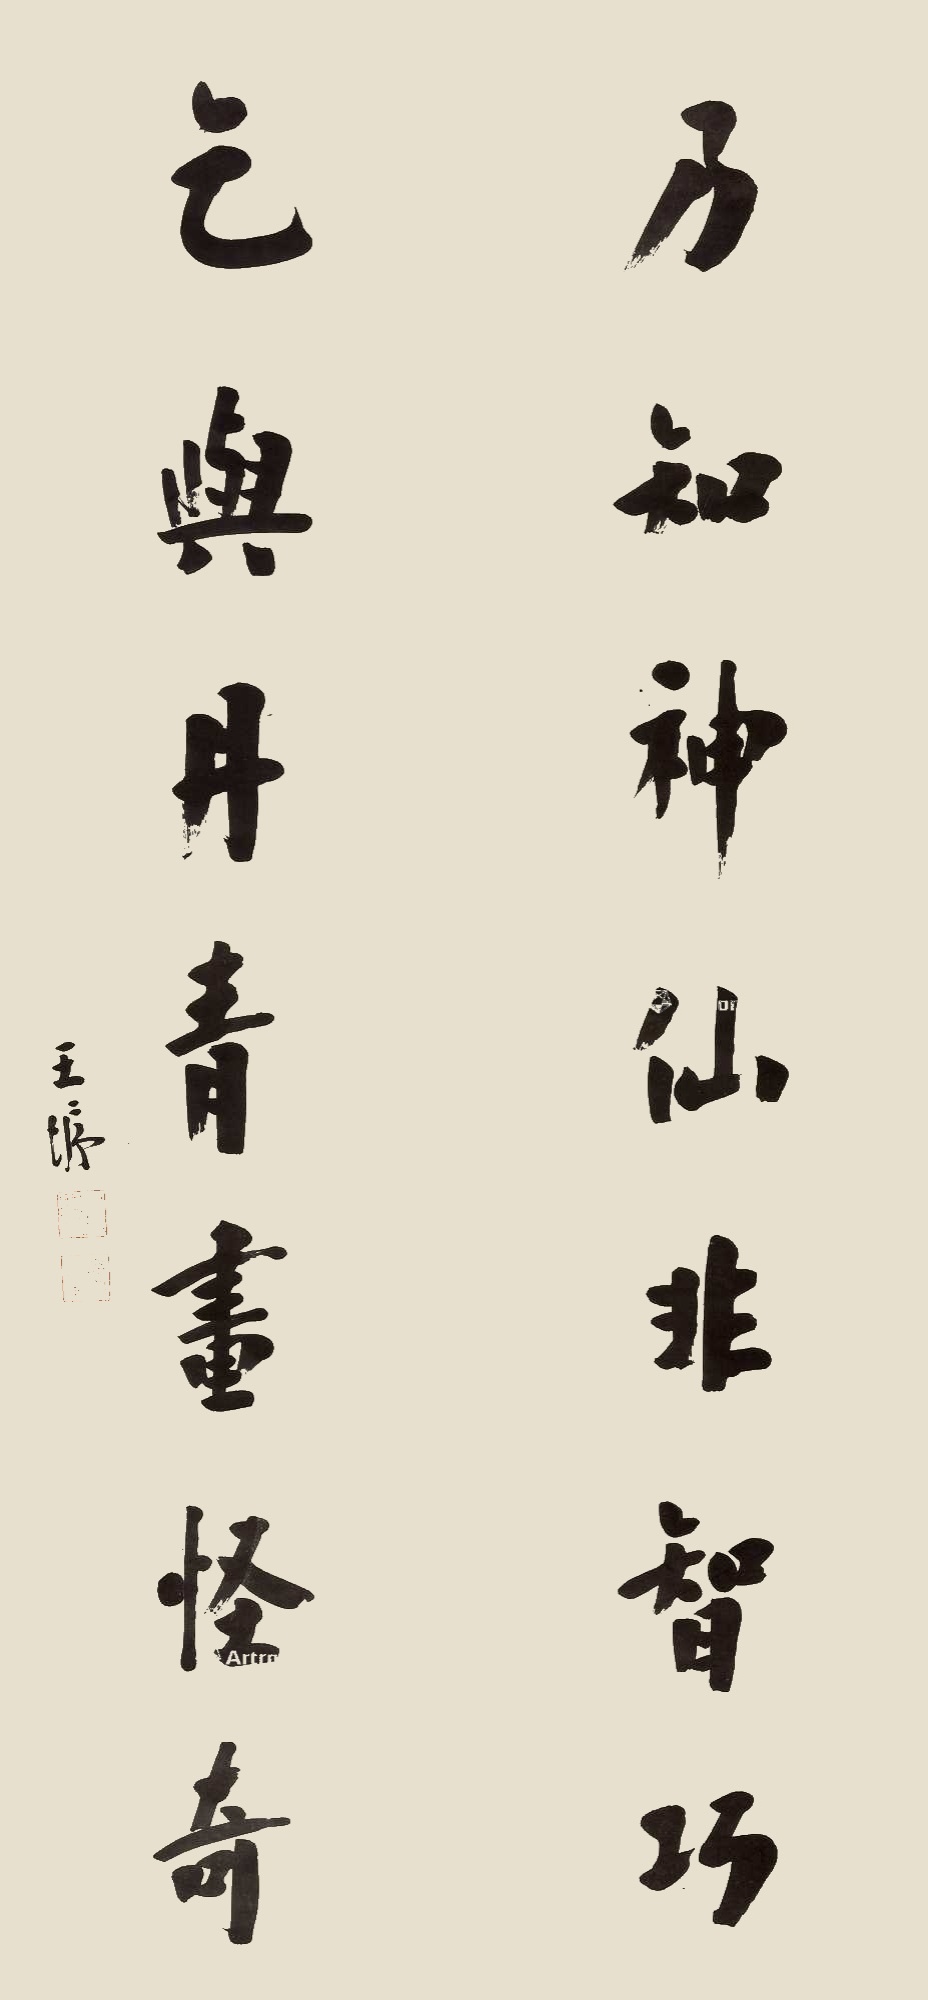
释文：乃知神仙非智巧，乞与丹青画怪奇。王垿。